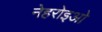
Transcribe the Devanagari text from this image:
नेहरोइओ